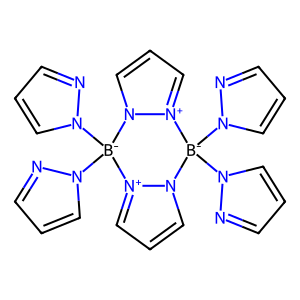
SMILES: c1cnn([B-]2(n3cccn3)n3ccc[n+]3[B-](n3cccn3)(n3cccn3)n3ccc[n+]32)c1
Inhibits HIV replication: No